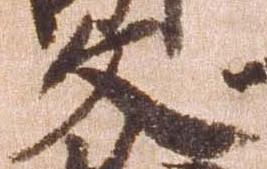
文